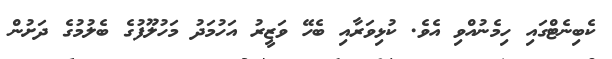
ކެބިނެޓްގައި ހިމެނުއްވި އެވެ. ކުޅިވަރާއި ބެހޭ ވަޒީރު އަހުމަދު މަހުލޫފުގެ ބެލުމުގެ ދަށުން